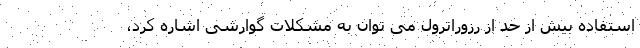
استفاده بیش از حد از رزوراترول می توان به مشکلات گوارشی اشاره کرد،